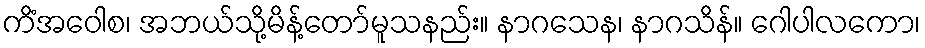
ကိံအဝေါစ၊ အဘယ်သို့မိန့်တော်မူသနည်း။ နာဂသေန၊ နာဂသိန်။ ဂေါပါလကော၊